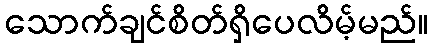
သောက်ချင်စိတ်ရှိပေလိမ့်မည်။